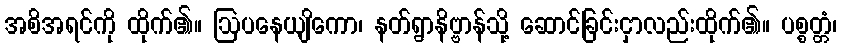
အစိအရင်ကို ထိုက်၏။ ဩပနေယျိကော၊ နတ်ရွာနိဗ္ဗာန်သို့ ဆောင်ခြင်းငှာလည်းထိုက်၏။ ပစ္စတ္တံ၊